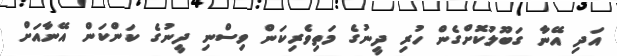
އަދި އޭނާ ގަބޫލުކޮށްގެން ހުރި ދީނުގެ މަތިވެރިކަން ވިސްނި ދީނުގެ ކަންކަން އޭނާއަށް